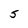
Character: 5